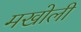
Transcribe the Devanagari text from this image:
मखोली